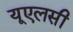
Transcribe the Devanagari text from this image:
यूएलसी